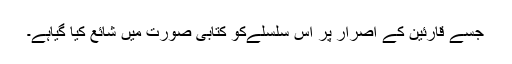
جسے قارئین کے اصرار پر اس سلسلےکو کتابی صورت میں شائع کیا گیاہے۔